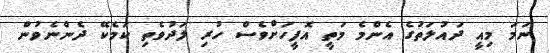
ނަމަ މިއީ ދައުލަތުގެ އެންމެ މަތީ އޮފީހަށްވެސް ހުރި ލަދުވެތި ކަމެކޭ ދެންނެވުން